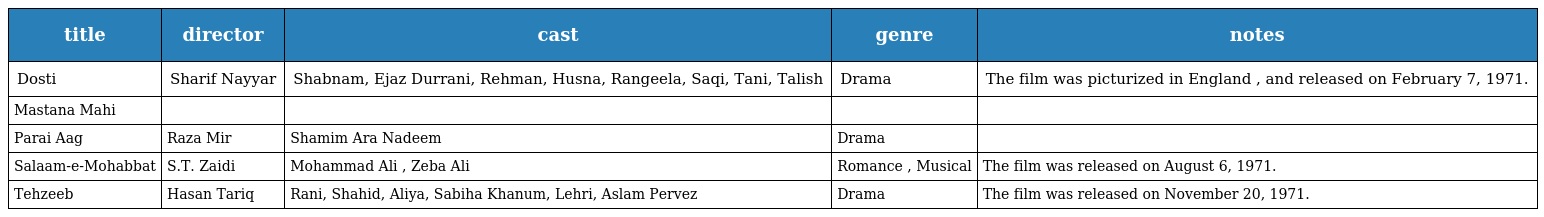
| title | director | cast | genre | notes |
 | --- | --- | --- | --- | --- |
 | Dosti | Sharif Nayyar | Shabnam, Ejaz Durrani, Rehman, Husna, Rangeela, Saqi, Tani, Talish | Drama | The film was picturized in England , and released on February 7, 1971. |
 | Mastana Mahi |  |  |  |  |
 | Parai Aag | Raza Mir | Shamim Ara Nadeem | Drama |  |
 | Salaam-e-Mohabbat | S.T. Zaidi | Mohammad Ali , Zeba Ali | Romance , Musical | The film was released on August 6, 1971. |
 | Tehzeeb | Hasan Tariq | Rani, Shahid, Aliya, Sabiha Khanum, Lehri, Aslam Pervez | Drama | The film was released on November 20, 1971. |